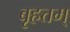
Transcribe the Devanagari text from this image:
बृहत्तम्